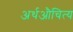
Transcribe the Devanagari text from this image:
अर्थऔचित्य